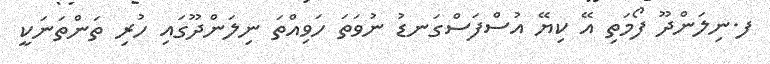
ފ.ނިލަންދޫ ފޯމަތި އޭ ކިޔޭ އުސްފަސްގަނޑު ނުވަތަ ހަވިއްތަ ނިލަންދޫގައި ހުރި ތަންތަނަކީ